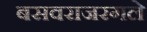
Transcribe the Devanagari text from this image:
बसवराजरगले